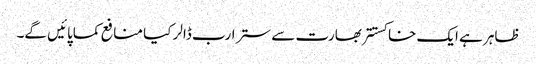
ظاہر ہے ایک خاکستتر بھارت سے ستر ارب ڈالر کیا منافع کماپائیں گے۔